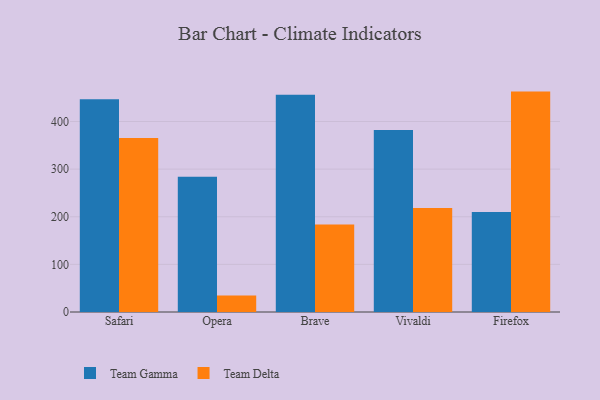
{"axis": {"x": "Browser", "y": "Production Output"}, "legend": ["Team Delta", "Team Gamma"], "data": [{"x": "Safari", "y": 446.9, "type": "Team Gamma"}, {"x": "Safari", "y": 365.3, "type": "Team Delta"}, {"x": "Opera", "y": 284.1, "type": "Team Gamma"}, {"x": "Opera", "y": 34.7, "type": "Team Delta"}, {"x": "Brave", "y": 456.0, "type": "Team Gamma"}, {"x": "Brave", "y": 183.6, "type": "Team Delta"}, {"x": "Vivaldi", "y": 382.1, "type": "Team Gamma"}, {"x": "Vivaldi", "y": 218.5, "type": "Team Delta"}, {"x": "Firefox", "y": 210.2, "type": "Team Gamma"}, {"x": "Firefox", "y": 462.8, "type": "Team Delta"}]}